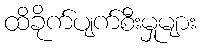
ထိခိုက်ပျက်စီးမှုများ